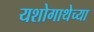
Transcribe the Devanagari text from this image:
यशोगाथेच्या